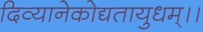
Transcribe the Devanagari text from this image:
दिव्यानेकोद्यतायुधम्‌।।